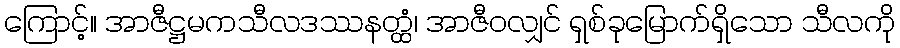
ကြောင့်။ အာဇီဋ္ဌမကသီလဒဿနတ္ထံ၊ အာဇီဝလျှင် ရှစ်ခုမြောက်ရှိသော သီလကို